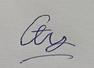
Signature authenticity: forged